Problem: 5 × 7 = ?
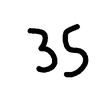
Handwritten answer: 35